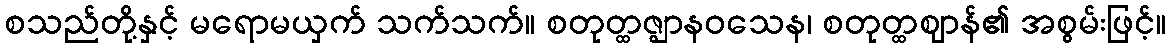
စသည်တို့နှင့် မရောမယှက် သက်သက်။ စတုတ္ထဇ္ဈာနဝသေန၊ စတုတ္ထဈာန်၏ အစွမ်းဖြင့်။